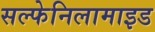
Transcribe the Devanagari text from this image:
सल्फेनिलामाइड